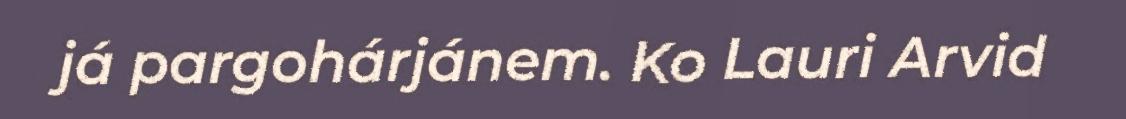
já pargohárjánem. Ko Lauri Arvid